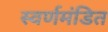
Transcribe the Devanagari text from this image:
स्वर्णमंडित